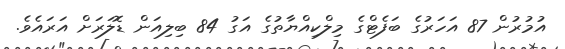
އުމުރުން 87 އަހަރުގެ ބަފެޓްގެ މިލްކިއްޔާތުގެ އަގު 84 ބިލިއަން ޑޮލަރަށް އަރައެވެ.